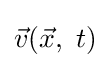
{\vec {v}}({\vec {x}},~t)